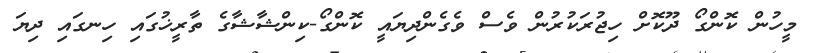
މީހުން ކޮންގޯ ދޫކޮށް ހިޖުރަކުރުން ވެސް ވެގެންދިޔައީ ކޮންގޯ-ކިންޝާޝާގެ ތާރީޚުގައި ހިނގައި ދިޔަ